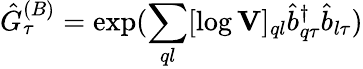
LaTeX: \hat{G}_{\tau}^{(B)}=\exp(\sum_{ql}[\log\mathbf{V}]_{ql}\hat{b}_{q\tau}^{\dagger}\hat{b}_{l\tau})